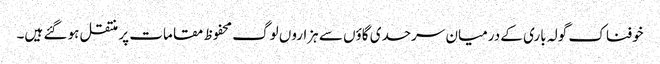
خوفناک گولہ باری کے درمیان سرحدی گاؤں سے ہزاروں لوگ محفوظ مقامات پر منتقل ہو گئے ہیں۔